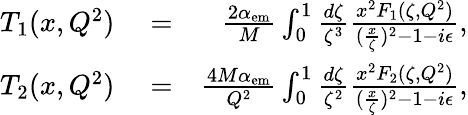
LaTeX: \begin{array}{rlr}{T_{1}(x,Q^{2})}&{{}=}&{\frac{2\alpha_{\mathrm{em}}}{M}\int_{0}^{1}\frac{d\zeta}{\zeta^{3}}\frac{x^{2}F_{1}(\zeta,Q^{2})}{(\frac{x}{\zeta})^{2}-1-i\epsilon},}\\ {T_{2}(x,Q^{2})}&{{}=}&{\frac{4M\alpha_{\mathrm{em}}}{Q^{2}}\int_{0}^{1}\frac{d\zeta}{\zeta^{2}}\frac{x^{2}F_{2}(\zeta,Q^{2})}{(\frac{x}{\zeta})^{2}-1-i\epsilon},}\end{array}